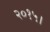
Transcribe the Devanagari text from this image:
२०१५।